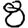
Digit: 8